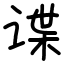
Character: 谍